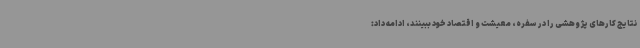
نتایج کارهای پژوهشی را در سفره، معیشت و اقتصاد خود ببینند، ادامه داد: